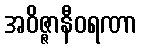
အဝိဇ္ဇာနီဝရဏာ